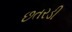
છતરડી